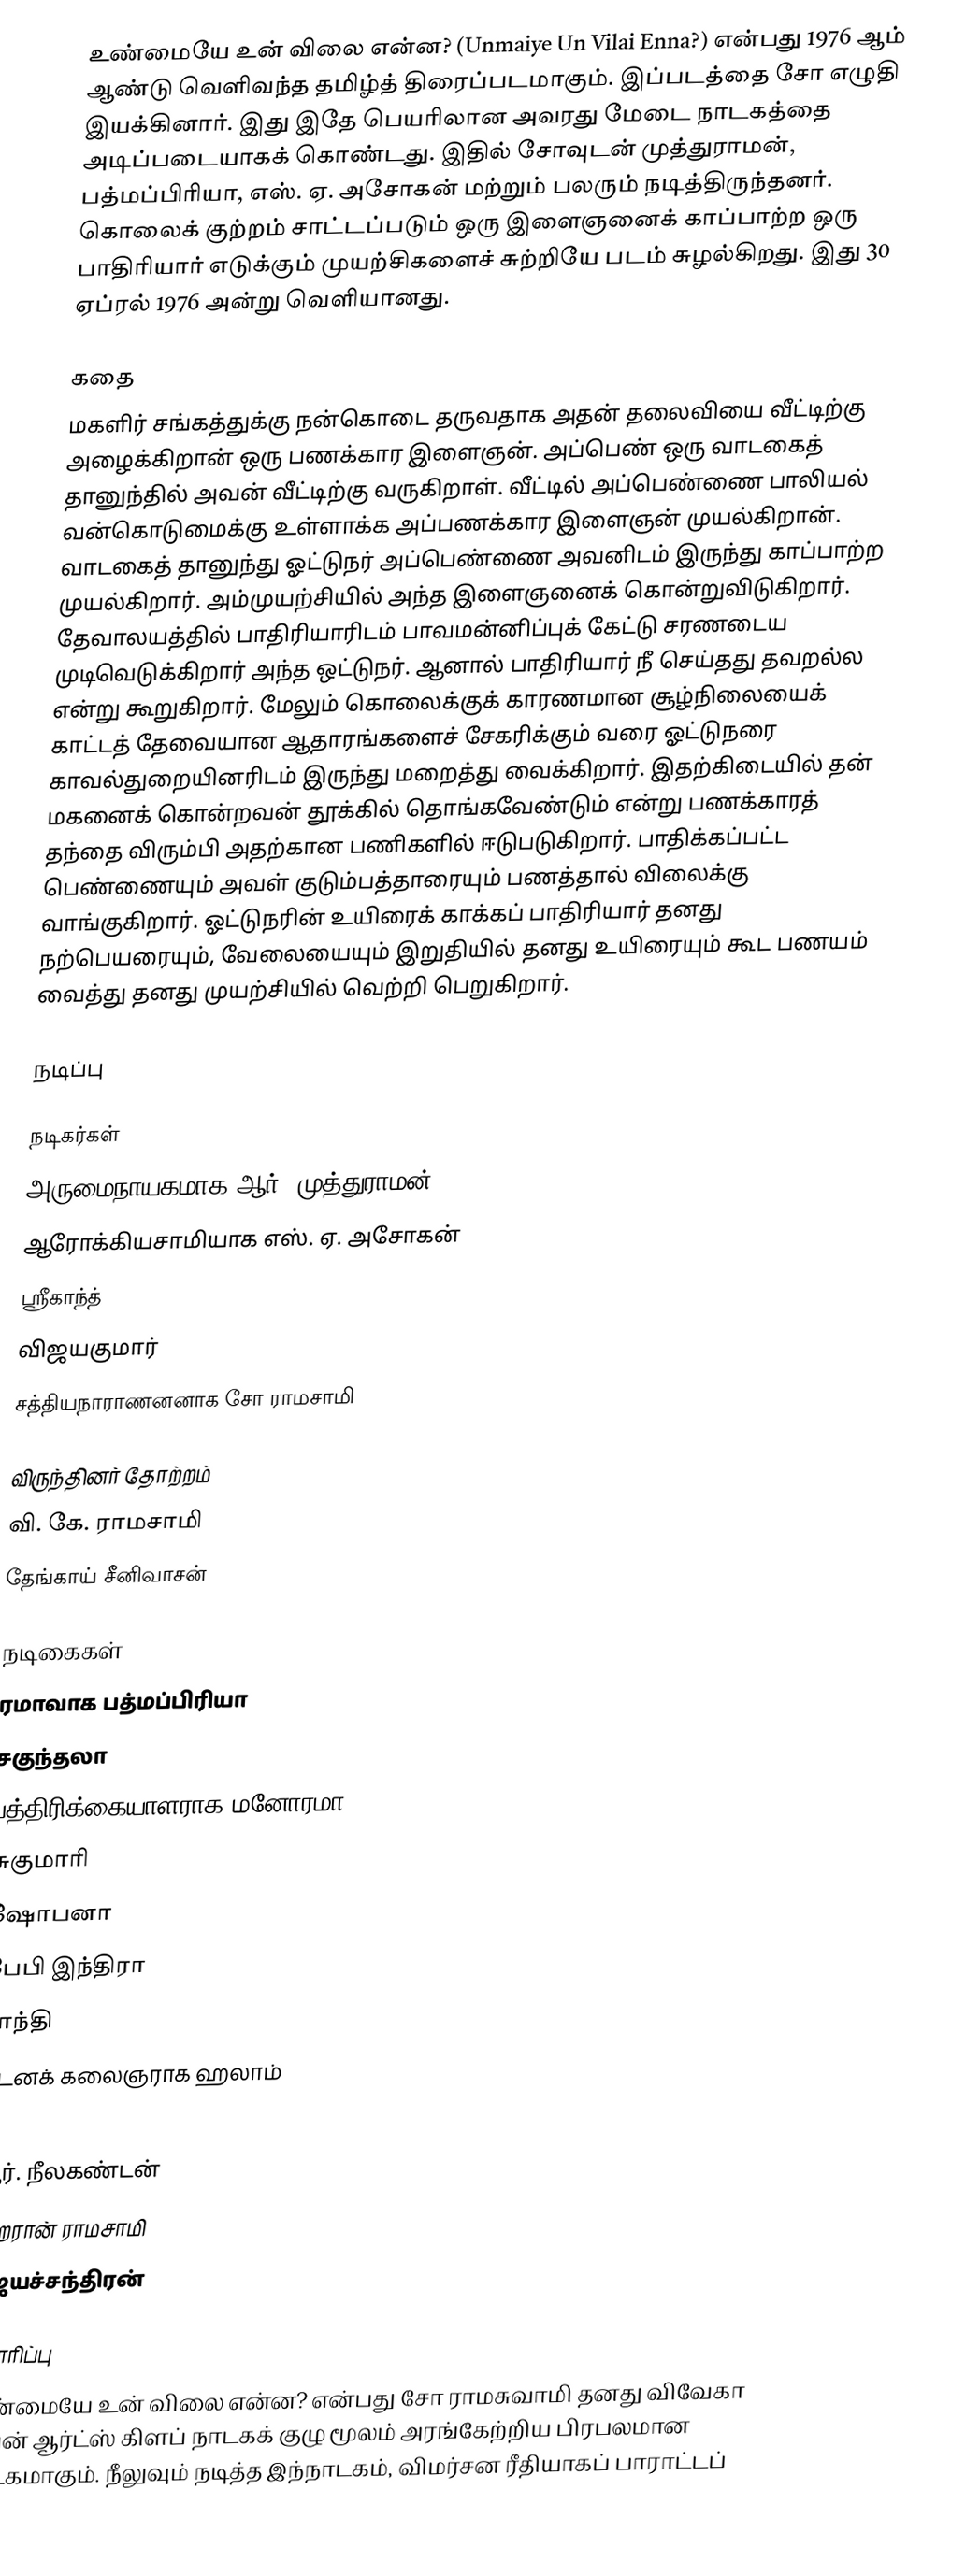
உண்மையே உன் விலை என்ன? (Unmaiye Un Vilai Enna?) என்பது 1976 ஆம் ஆண்டு வெளிவந்த தமிழ்த் திரைப்படமாகும். இப்படத்தை சோ எழுதி இயக்கினார். இது இதே பெயரிலான அவரது மேடை நாடகத்தை அடிப்படையாகக் கொண்டது. இதில் சோவுடன் முத்துராமன், பத்மப்பிரியா, எஸ். ஏ. அசோகன் மற்றும் பலரும் நடித்திருந்தனர். கொலைக் குற்றம் சாட்டப்படும் ஒரு இளைஞனைக் காப்பாற்ற ஒரு பாதிரியார் எடுக்கும் முயற்சிகளைச் சுற்றியே படம் சுழல்கிறது. இது 30 ஏப்ரல் 1976 அன்று வெளியானது.

கதை
மகளிர் சங்கத்துக்கு நன்கொடை தருவதாக அதன் தலைவியை வீட்டிற்கு அழைக்கிறான் ஒரு பணக்கார இளைஞன். அப்பெண் ஒரு வாடகைத் தானுந்தில் அவன் வீட்டிற்கு வருகிறாள். வீட்டில் அப்பெண்ணை பாலியல் வன்கொடுமைக்கு உள்ளாக்க அப்பணக்கார இளைஞன் முயல்கிறான். வாடகைத் தானுந்து ஓட்டுநர் அப்பெண்ணை அவனிடம் இருந்து காப்பாற்ற முயல்கிறார். அம்முயற்சியில் அந்த இளைஞனைக் கொன்றுவிடுகிறார். தேவாலயத்தில் பாதிரியாரிடம் பாவமன்னிப்புக் கேட்டு சரணடைய முடிவெடுக்கிறார் அந்த ஒட்டுநர். ஆனால் பாதிரியார் நீ செய்தது தவறல்ல என்று கூறுகிறார். மேலும் கொலைக்குக் காரணமான  சூழ்நிலையைக் காட்டத்  தேவையான ஆதாரங்களைச் சேகரிக்கும் வரை ஓட்டுநரை காவல்துறையினரிடம் இருந்து மறைத்து வைக்கிறார். இதற்கிடையில் தன் மகனைக் கொன்றவன் தூக்கில் தொங்கவேண்டும் என்று பணக்காரத் தந்தை விரும்பி அதற்கான பணிகளில் ஈடுபடுகிறார். பாதிக்கப்பட்ட பெண்ணையும் அவள் குடும்பத்தாரையும் பணத்தால் விலைக்கு வாங்குகிறார். ஓட்டுநரின் உயிரைக் காக்கப் பாதிரியார்  தனது நற்பெயரையும், வேலையையும் இறுதியில் தனது உயிரையும் கூட பணயம் வைத்து தனது முயற்சியில் வெற்றி பெறுகிறார்.

நடிப்பு

நடிகர்கள்
 அருமைநாயகமாக ஆர். முத்துராமன்
 ஆரோக்கியசாமியாக எஸ். ஏ. அசோகன்
 ஸ்ரீகாந்த்
 விஜயகுமார்
 சத்தியநாராணனனாக சோ ராமசாமி

விருந்தினர் தோற்றம்
 வி. கே. ராமசாமி
 தேங்காய் சீனிவாசன்

நடிகைகள்
 ரமாவாக பத்மப்பிரியா
 சகுந்தலா
 பத்திரிக்கையாளராக மனோரமா
 சுகுமாரி
 ஷோபனா
 பேபி இந்திரா
 சாந்தி
 நடனக் கலைஞராக ஹலாம்

Supporting cast
 ஆர். நீலகண்டன்
 ஹெரான் ராமசாமி
 ஜெயச்சந்திரன்

தயாரிப்பு
உண்மையே உன் விலை என்ன? என்பது சோ ராமசுவாமி தனது விவேகா பைன் ஆர்ட்ஸ் கிளப் நாடகக் குழு மூலம் அரங்கேற்றிய பிரபலமான நாடகமாகும்.  நீலுவும் நடித்த இந்நாடகம், விமர்சன ரீதியாகப் பாராட்டப்